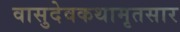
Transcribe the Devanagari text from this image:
वासुदेवकथामृतसार